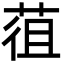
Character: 䓚